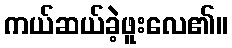
ကယ်ဆယ်ခဲ့ဖူးလေ၏။